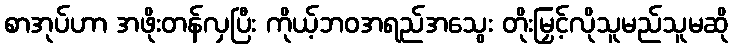
စာအုပ်ဟာ အဖိုးတန်လှပြီး ကိုယ့်ဘဝအရည်အသွေး တိုးမြှင့်လိုသူမည်သူမဆို